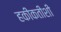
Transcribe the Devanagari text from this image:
हकीकतीशी